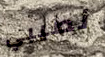
نصيبي